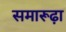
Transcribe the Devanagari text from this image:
समारूढ़ा